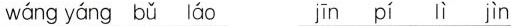
wáng yáng bǔ láo jīn pí lì jìn